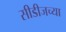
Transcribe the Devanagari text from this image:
सीडीजच्या